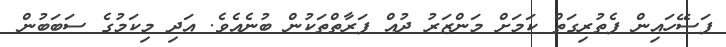
ފަސޭހައިން ފެތުރިގަތް ކަމަށް މަންޒަރު ދުއް ފަރާތްތަކުން ބުނެއެވެ. އަދި މިކަމުގެ ސަބަބުން